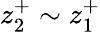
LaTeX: z_{2}^{+}\sim z_{1}^{+}